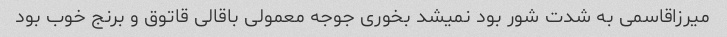
میرزاقاسمی به شدت شور بود نمیشد بخوری جوجه معمولی باقالی قاتوق و برنج خوب بود